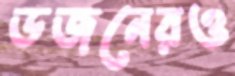
ডজনেরও